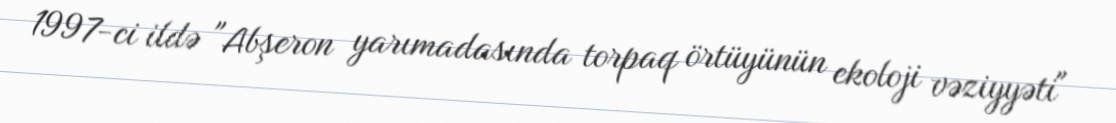
1997-ci ildə "Abşeron yarımadasında torpaq örtüyünün ekoloji vəziyyəti"